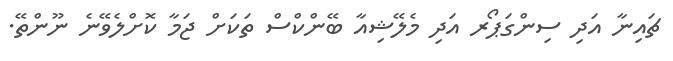
ޗައިނާ އަދި ސިންގަޕޯރ އަދި މެލޭޝިއާ ބޭންކްސް ތަކަށް ޖަމާ ކޮށްލެވޭނެ ނޫންތޭ.